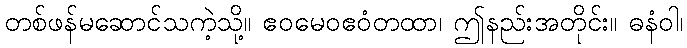
တစ်ဖန်မဆောင်သကဲ့သို့။ ဧဝမေဝဧဝံတထာ၊ ဤနည်းအတိုင်း။ ဓနံဝါ၊